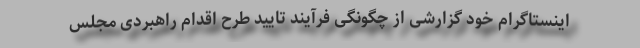
اینستاگرام خود گزارشی از چگونگی فرآیند تایید طرح اقدام راهبردی مجلس